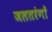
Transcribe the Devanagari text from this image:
जलतरंगों